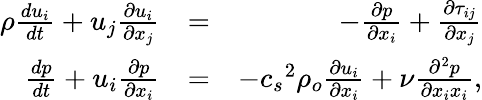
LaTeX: \begin{array}{rlr}{\rho\frac{du_{i}}{dt}+u_{j}\frac{\partial u_{i}}{\partial x_{j}}}&{=}&{-\frac{\partial p}{\partial x_{i}}+\frac{\partial\tau_{ij}}{\partial x_{j}}}\\ {\frac{dp}{dt}+u_{i}\frac{\partial p}{\partial x_{i}}}&{=}&{-{c_{s}}^{2}\rho_{o}\frac{\partial u_{i}}{\partial x_{i}}+\nu\frac{\partial^{2}p}{\partial x_{i}x_{i}},}\end{array}